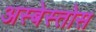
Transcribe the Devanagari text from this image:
अस्बेस्तोस